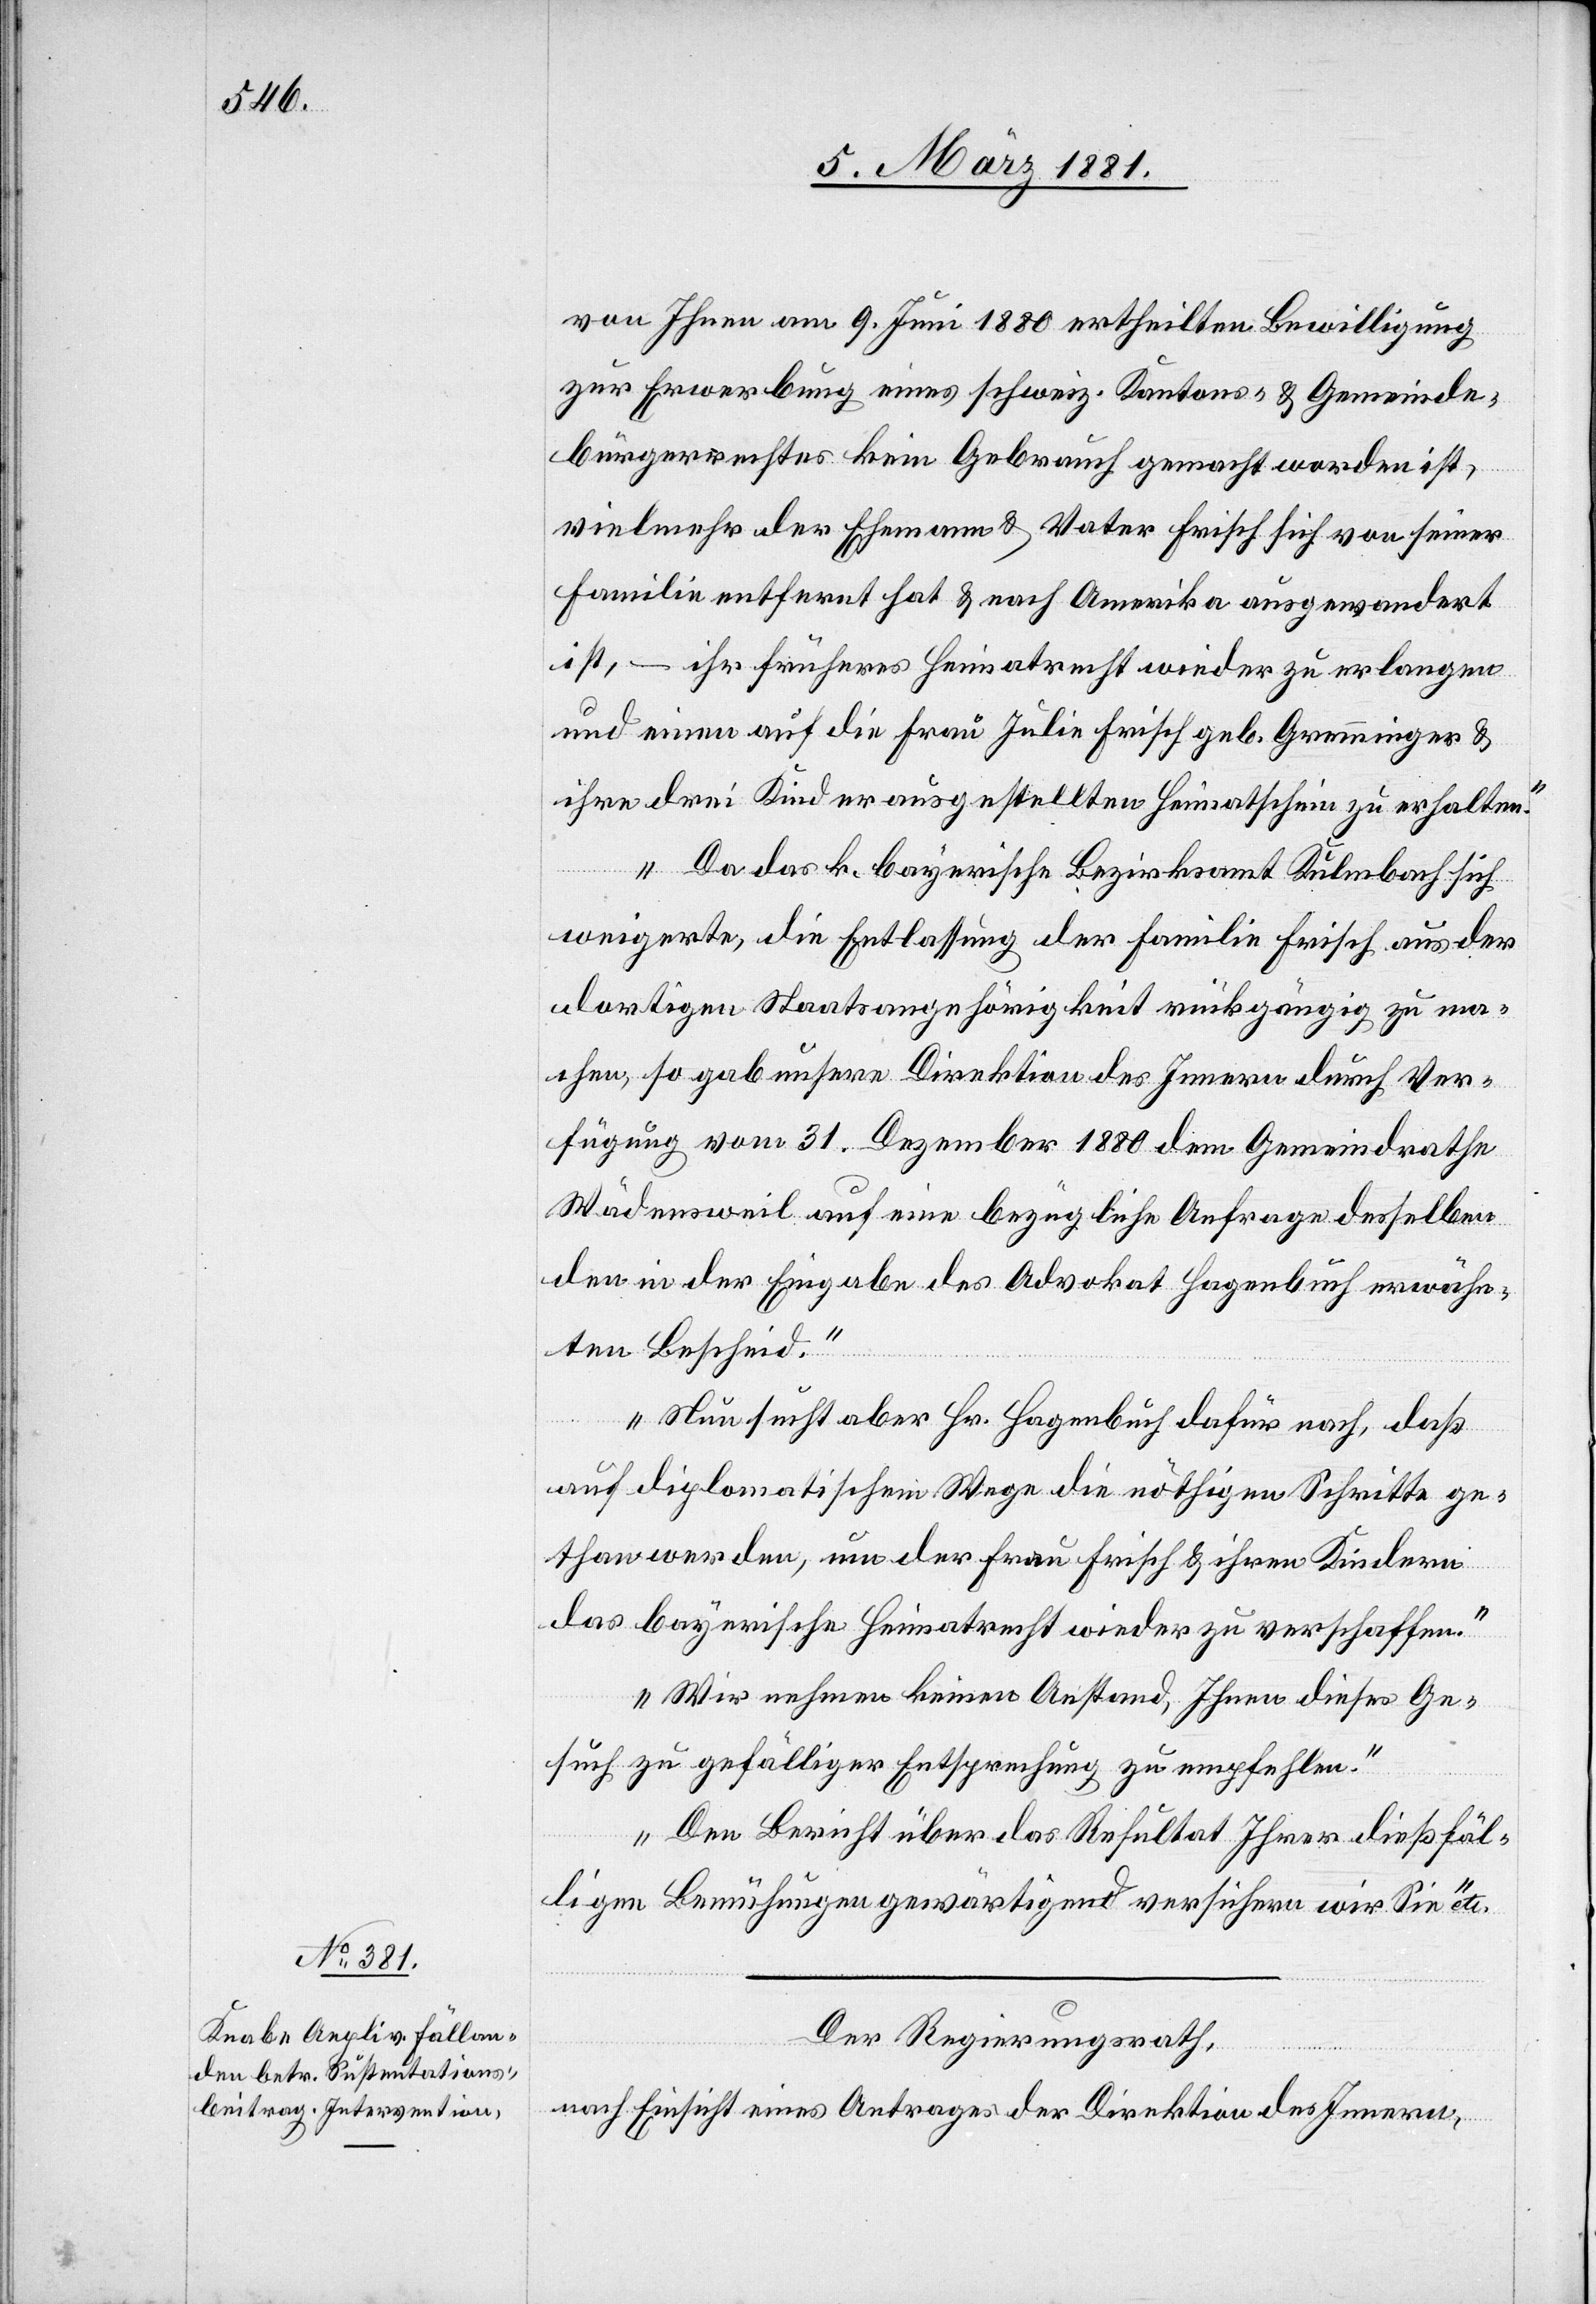
von Ihnen am 9. Juni 1880 ertheilten Bewilligung
zu Erwerbung eines schweiz. Kantons- & Gemeinde¬
bürgerrechtes kein Gebrauch gemacht worden ist,
vielmehr der Ehemann & Vater Frisch sich von seiner
Familie entfernt hat & nach Amerika ausgewandert
ist, – ihr früheres Heimatrecht wieder zu erlangen
und einen auf die Frau Julie frisch geb. Grüninger &
ihre drei Kinder ausgestellten Heimatschein zu erhalten.
Da das k. bayerische Bezirksamt Kulmbach sich
weigerte, die Entlassung der Familie Frisch aus der
dortigen Staatsangehörigkeit rückgängig zu ma¬
chen, so gab unsere Direktion des Innern durch Ver¬
fügung vom 31. Dezember 1880 dem Gemeindrathe
Wädensweil auf eine bezügliche Anfrage desselben
den in der Eingabe des Advokat Hagenbuch erwähn¬
ten Bescheid.
Neu sucht aber Hr. Hagenbuch dafür nach, daß
auf diplomatischem Wege die nöthigen Schritte ge¬
than werden, um der Frau Frisch & ihren Kindern
das bayerische Heimatrecht wieder zu verschaffen.
Wir nehmen keinen Anstand, Ihnen dieses Ge¬
such zu gefälliger Entsprechung zu empfehlen.
Den Bericht über das Resultat Ihrer dießfäl¬
ligen Bemühungen gewärtigend versichern wir Sie etc.“
Der Regierungsrath,
nach Einsicht eines Antrages der Direktion des Innern,